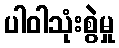
ပါဝါသုံးစွဲမှု